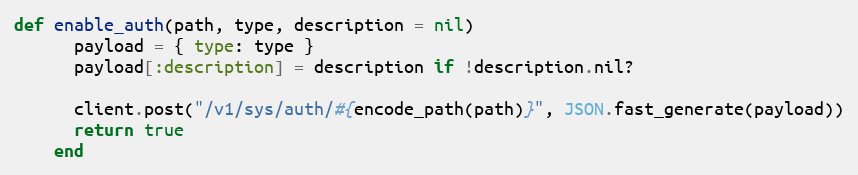
Language: Ruby
def enable_auth(path, type, description = nil)
      payload = { type: type }
      payload[:description] = description if !description.nil?

      client.post("/v1/sys/auth/#{encode_path(path)}", JSON.fast_generate(payload))
      return true
    end